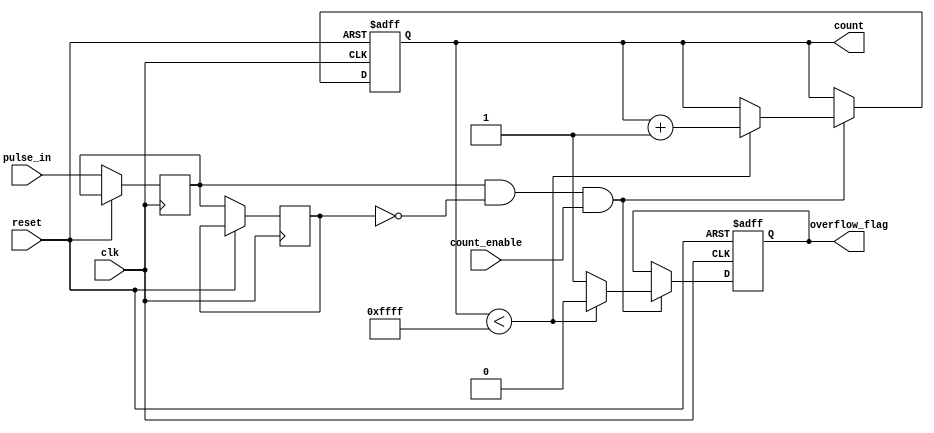
module PulseCounter (
    input wire clk,              // Clock signal
    input wire reset,            // Asynchronous reset signal
    input wire pulse_in,         // Input pulse signal
    input wire count_enable,     // Count enable signal
    output reg [15:0] count,     // 16-bit output count
    output reg overflow_flag      // Overflow flag
);

    // Parameters
    localparam MAX_COUNT = 16'hFFFF; // Maximum count value for 16-bit

    // Synchronization of pulse_in with clock
    reg pulse_in_sync;             // Synchronized pulse input
    reg pulse_in_prev;             // Previous pulse input state

    always @(posedge clk or posedge reset) begin
        if (reset) begin
            count <= 16'd0;        // Reset count to zero
            overflow_flag <= 1'b0; // Clear overflow flag
        end else begin
            // Synchronize pulse_in with the clock
            pulse_in_sync <= pulse_in;  // Capture current pulse_in
            pulse_in_prev <= pulse_in_sync; // Store previous state

            // Detect rising edge of pulse_in_sync
            if (pulse_in_sync && !pulse_in_prev && count_enable) begin
                if (count < MAX_COUNT) begin
                    count <= count + 1; // Increment count
                    overflow_flag <= 1'b0; // Clear overflow flag
                end else begin
                    overflow_flag <= 1'b1; // Set overflow flag on max count
                end
            end
        end
    end
endmodule